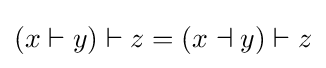
(x\vdash y)\vdash z=(x\dashv y)\vdash z